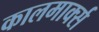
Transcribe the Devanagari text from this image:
कालमार्क्स